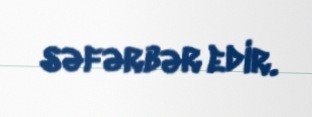
səfərbər edir.